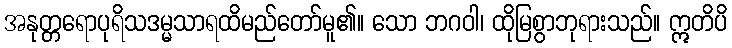
အနုတ္တရောပုရိသဒမ္မသာရထိမည်တော်မူ၏။ သော ဘဂဝါ၊ ထိုမြစွာဘုရားသည်။ ဣတိပိ